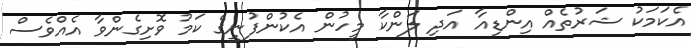
އެކަމަކު ޝަރުތެއް އިންޑިއާ އަދި ލަންކާ މީހުން އެކުންފުނީގެ ކަމު ވޮށިގެންވާ އެއްވެސް